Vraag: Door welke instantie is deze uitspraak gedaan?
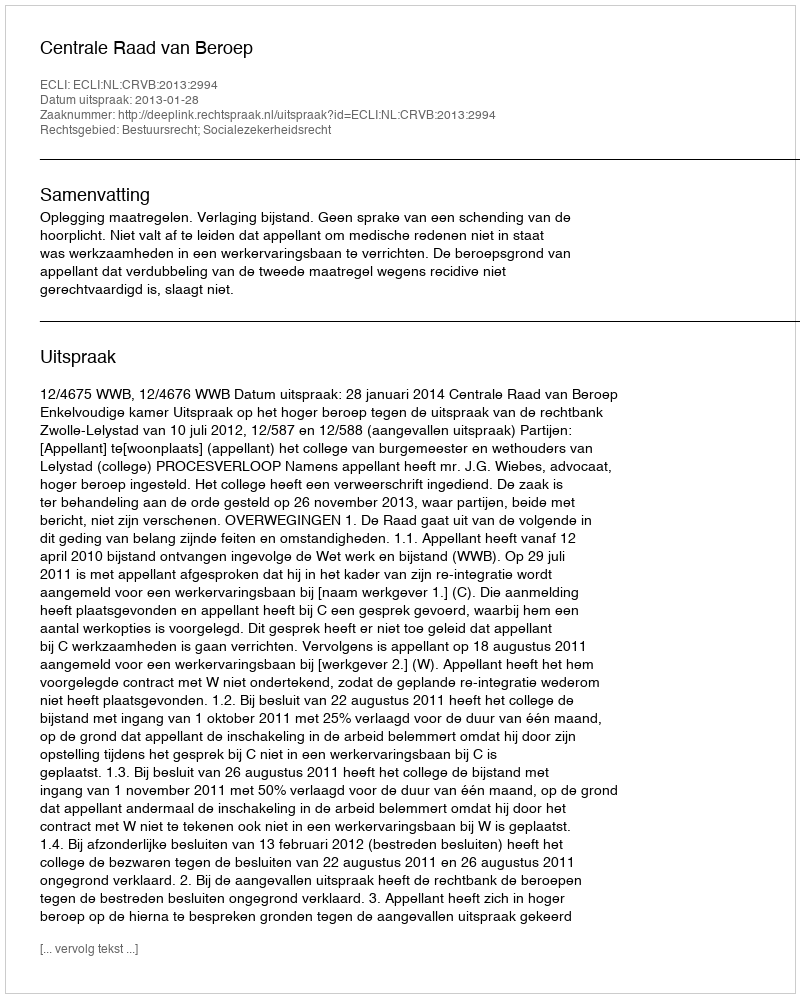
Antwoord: Centrale Raad van Beroep